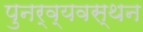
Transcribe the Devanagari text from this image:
पुनर्व्यवस्थन